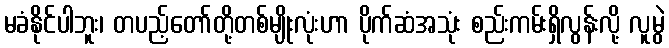
မခံနိုင်ပါဘူး၊ တပည့်တော်တို့တစ်မျိုးလုံးဟာ ပိုက်ဆံအသုံး စည်းကမ်းရှိလွန်းလို့ လူမွဲ